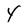
Character: Y